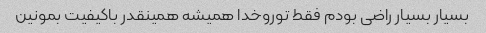
بسیار بسیار راضی بودم فقط توروخدا همیشه همینقدر باکیفیت بمونین